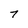
Character: 7